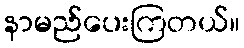
နာမည်ပေးကြတယ်။